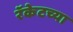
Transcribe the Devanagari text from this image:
रॅकेटच्या